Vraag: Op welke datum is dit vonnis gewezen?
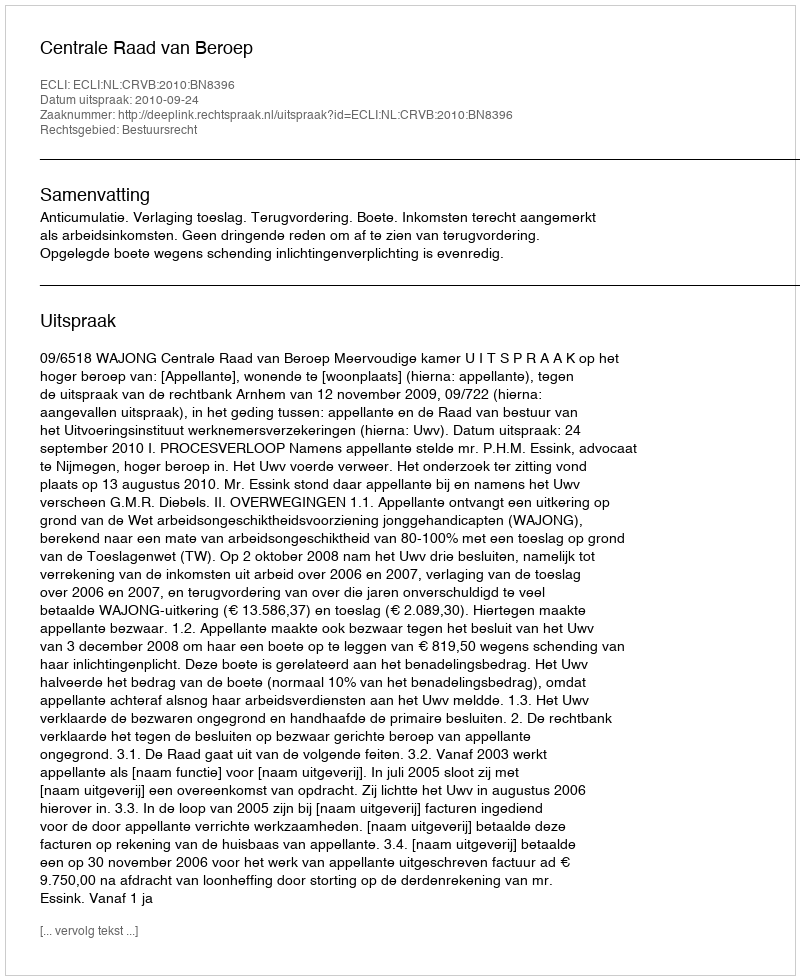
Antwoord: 2010-09-24